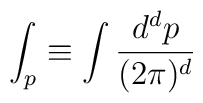
\int_{p}\equiv \int \frac{d^{d}p}{(2\pi )^{d}}